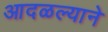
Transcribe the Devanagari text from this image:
आदळल्याने